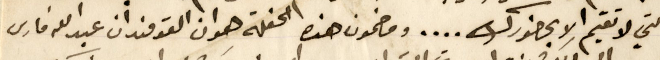
التي لا تقيم الا بحضورك.... ومضمون هذه الحفلة هو ان القومندان عبدالله فارس